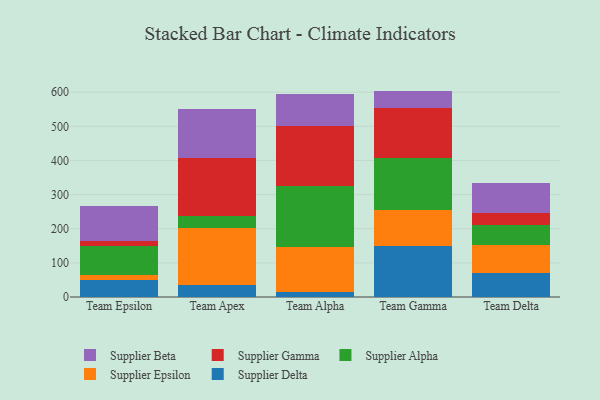
{"axis": {"x": "Team", "y": "Energy Usage (MWh)"}, "legend": ["Supplier Alpha", "Supplier Beta", "Supplier Delta", "Supplier Epsilon", "Supplier Gamma"], "data": [{"x": "Team Epsilon", "y": 49.4, "type": "Supplier Delta"}, {"x": "Team Epsilon", "y": 14.5, "type": "Supplier Epsilon"}, {"x": "Team Epsilon", "y": 86.7, "type": "Supplier Alpha"}, {"x": "Team Epsilon", "y": 13.5, "type": "Supplier Gamma"}, {"x": "Team Epsilon", "y": 101.6, "type": "Supplier Beta"}, {"x": "Team Apex", "y": 34.5, "type": "Supplier Delta"}, {"x": "Team Apex", "y": 168.2, "type": "Supplier Epsilon"}, {"x": "Team Apex", "y": 33.9, "type": "Supplier Alpha"}, {"x": "Team Apex", "y": 170.2, "type": "Supplier Gamma"}, {"x": "Team Apex", "y": 144.5, "type": "Supplier Beta"}, {"x": "Team Alpha", "y": 16.0, "type": "Supplier Delta"}, {"x": "Team Alpha", "y": 129.3, "type": "Supplier Epsilon"}, {"x": "Team Alpha", "y": 178.6, "type": "Supplier Alpha"}, {"x": "Team Alpha", "y": 177.4, "type": "Supplier Gamma"}, {"x": "Team Alpha", "y": 92.0, "type": "Supplier Beta"}, {"x": "Team Gamma", "y": 148.3, "type": "Supplier Delta"}, {"x": "Team Gamma", "y": 105.3, "type": "Supplier Epsilon"}, {"x": "Team Gamma", "y": 154.0, "type": "Supplier Alpha"}, {"x": "Team Gamma", "y": 145.1, "type": "Supplier Gamma"}, {"x": "Team Gamma", "y": 51.2, "type": "Supplier Beta"}, {"x": "Team Delta", "y": 71.6, "type": "Supplier Delta"}, {"x": "Team Delta", "y": 81.8, "type": "Supplier Epsilon"}, {"x": "Team Delta", "y": 58.5, "type": "Supplier Alpha"}, {"x": "Team Delta", "y": 34.4, "type": "Supplier Gamma"}, {"x": "Team Delta", "y": 87.5, "type": "Supplier Beta"}]}